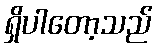
ရှိပါတော့သည်